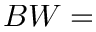
B W =